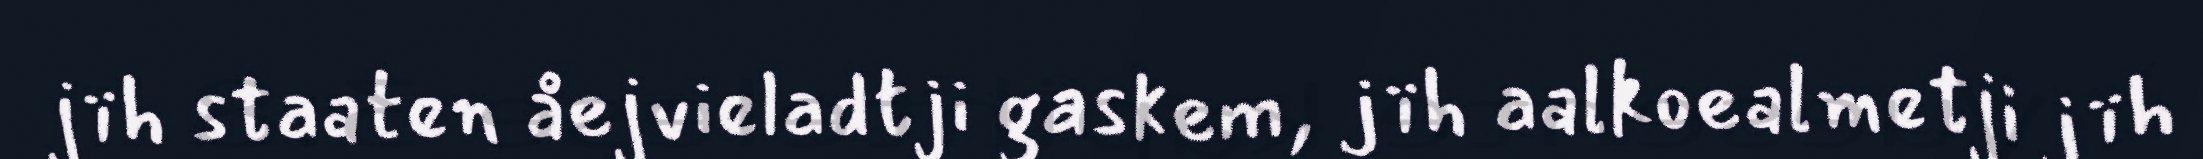
jïh staaten åejvieladtji gaskem, jïh aalkoealmetji jïh